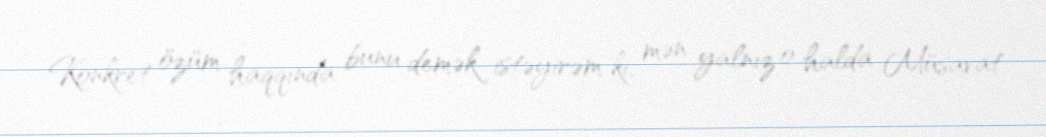
Konkret özüm haqqında bunu demək istəyirəm ki, mən yalnız o halda Müsavat